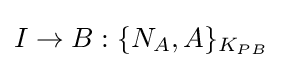
I\rightarrow B:\{N_{A},A\}_{K_{PB}}